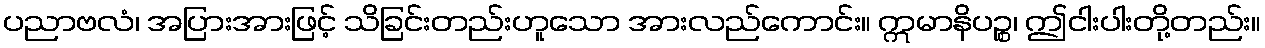
ပညာဗလံ၊ အပြားအားဖြင့် သိခြင်းတည်းဟူသော အားလည်ကောင်း။ ဣမာနိပဉ္စ၊ ဤငါးပါးတို့တည်း။